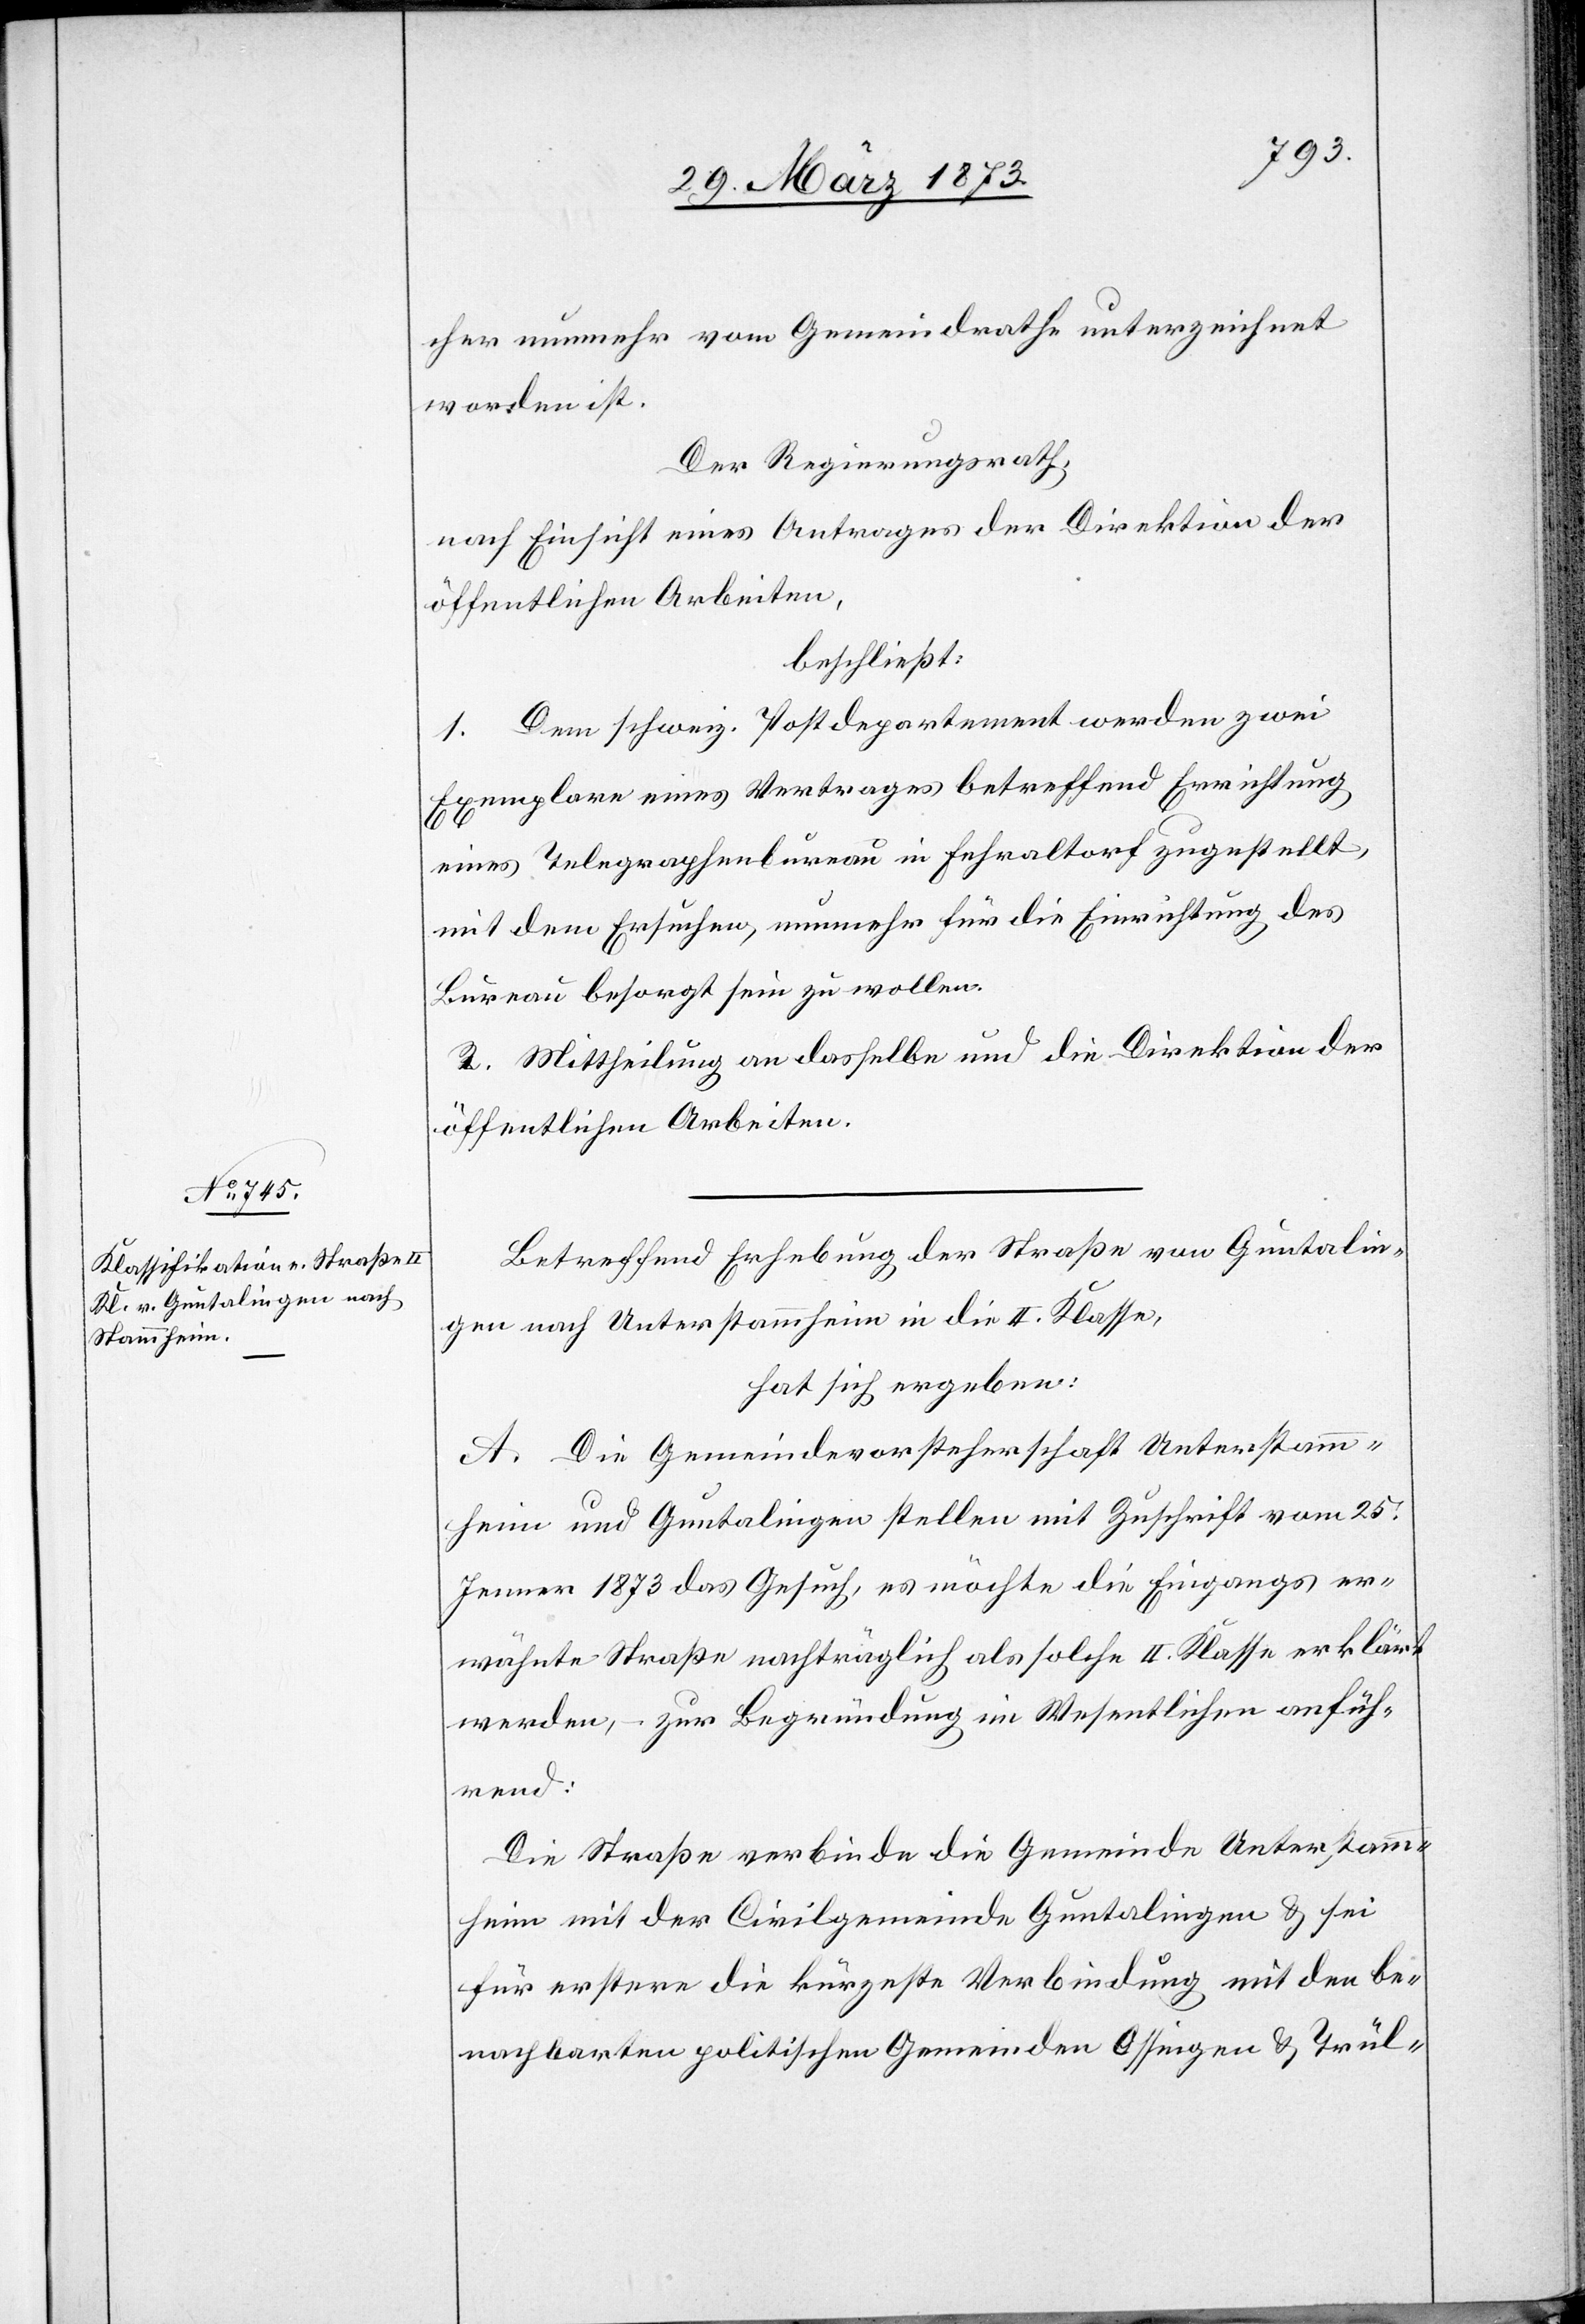
cher nunmehr vom Gemeindrathe unterzeichnet
worden ist.
Der Regierungsrath,
nach Einsicht eines Antrages der Direktion der
öffentlichen Arbeiten,
beschließt:
1. Dem schweiz. Postdepartement werden zwei
Exemplare eines Vertrages betreffend Errichtung
eines Telegraphenbureau in Fehraltorf zugestellt,
mit dem Ersuchen, nunmehr für die Einrichtung des
Bureau besorgt sein zu wollen.
2. Mittheilung an dasselbe und die Direktion der
öffentlichen Arbeiten.
Betreffend Erhebung der Straße von Guntalin¬
gen nach Unterstammheim in die II. Klasse,
hat sich ergeben:
A. Die Gemeindevorsteherschaft Unterstamm¬
heim und Guntalingen stellen mit Zuschrift vom 25.
Jenner 1873 das Gesuch, es möchte die Eingangs er¬
wähnte Straße nachträglich als solche II. Klasse erklärt
werden, – zur Begründung im Wesentlichen anfüh¬
rend:
Die Straße verbinde die Gemeinde Unterstamm¬
heim mit der Civilgemeinde Guntalingen u. sei
für erstere die kürzeste Verbindung mit den be¬
nachbarten politischen Gemeinden Ossingen u. Trül-